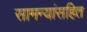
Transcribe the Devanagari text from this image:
सामन्यांसहित